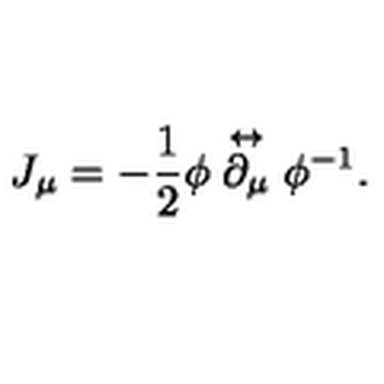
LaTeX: J _ { \mu } = - \frac { 1 } { 2 } \phi \stackrel { \leftrightarrow } { \partial _ { \mu } } \phi ^ { - 1 } .